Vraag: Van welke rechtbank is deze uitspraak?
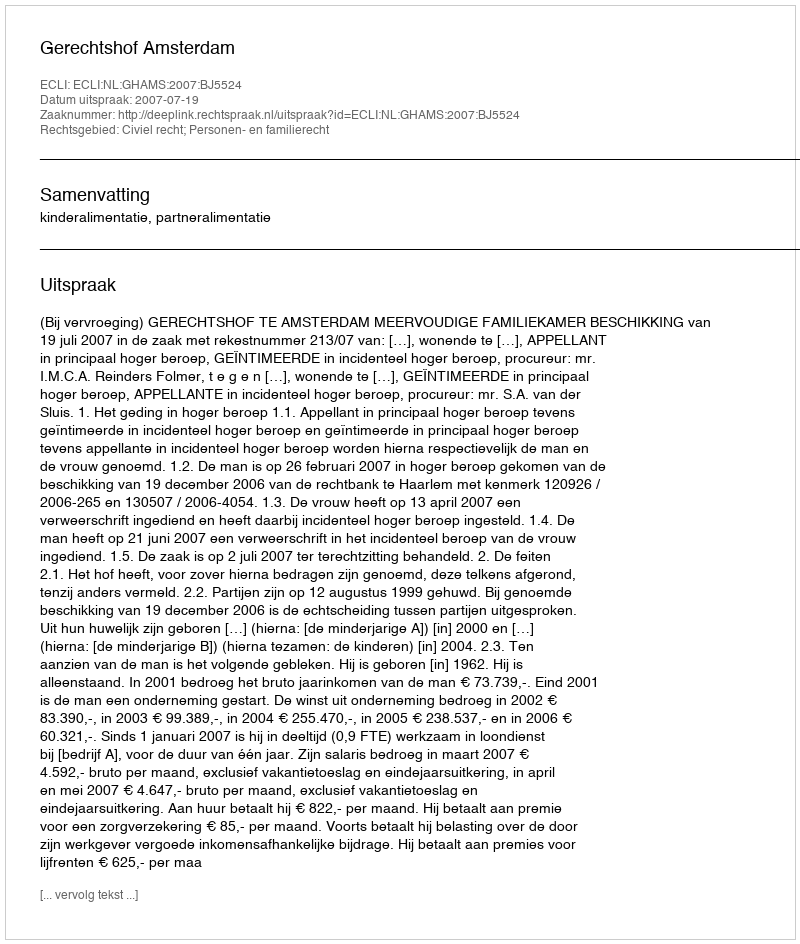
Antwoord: Gerechtshof Amsterdam